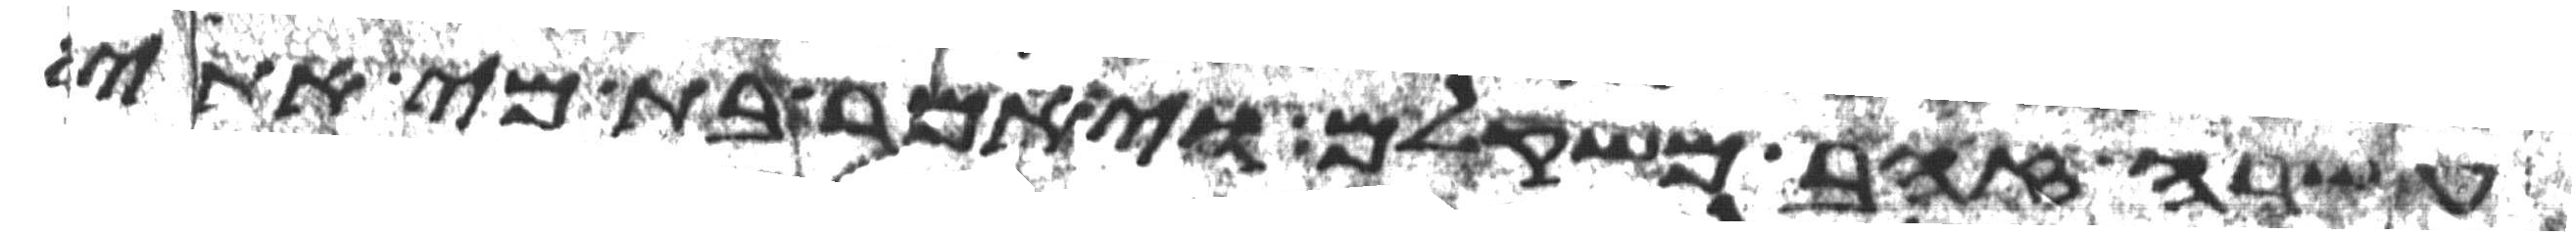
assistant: עשרה זהב משקלם ויאמר בת מי אתי